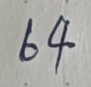
64